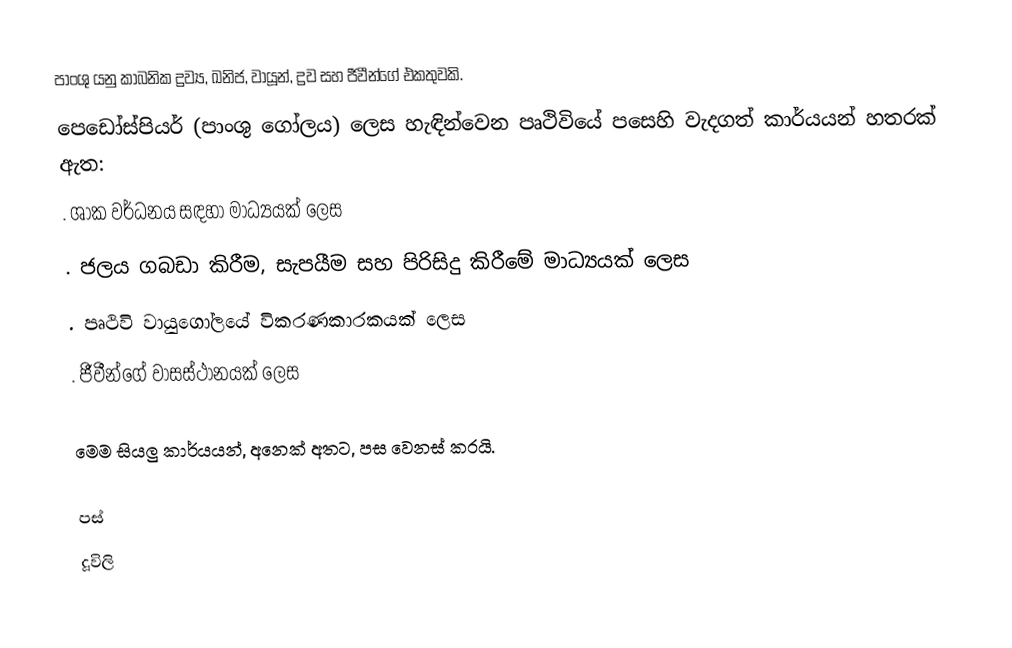
පාංශු යනු කාබනික ද්‍රව්‍ය, ඛනිජ, වායූන්, ද්‍රව සහ ජීවීන්ගේ එකතුවකි.
පෙඩෝස්පියර් (පාංශු ගෝලය) ලෙස හැඳින්වෙන පෘථිවියේ පසෙහි වැදගත් කාර්යයන් හතරක් ඇත:
. ශාක වර්ධනය සඳහා මාධ්‍යයක් ලෙස
. ජලය ගබඩා කිරීම, සැපයීම සහ පිරිසිදු කිරීමේ මාධ්‍යයක් ලෙස
. පෘථිවි වායුගෝලයේ විකරණකාරකයක් ලෙස
. ජීවීන්ගේ වාසස්ථානයක් ලෙස

මෙම සියලු කාර්යයන්, අනෙක් අතට, පස වෙනස් කරයි.

 පස්
 දූවිලි